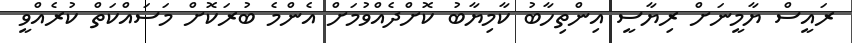
ރައީސް ޔާމީނަށް ރިޔާސީ އިންތިހާބު ކާމިޔާބު ކޮށްދެއްވުމަށް އެންމެ ބުރަކޮށް މަަސައްކަތް ކުރެއްވީ